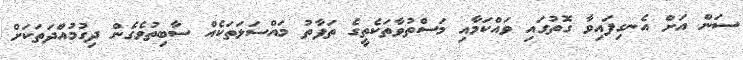
ސަން އަށް އެނގިފައިވާ ގޮތުގައި ވައްކަމާއި މަސްތުވާތަކެތީގެ ތަފާތު މައްސަލަތަކެއް ސާބިތުވެގެން ދިގުމުއްދަތަކަށް